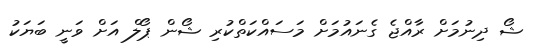
ޝޯ ދިނުމަށް ރާއްޖެ ގެނައުމަށް މަސައްކަތްކުރި ޝޯން ޕޯލް އަށް ވަނީ ބަޔަކު